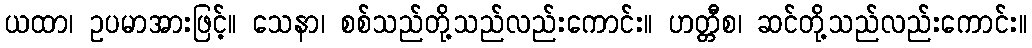
ယထာ၊ ဥပမာအားဖြင့်။ သေနာ၊ စစ်သည်တို့သည်လည်းကောင်း။ ဟတ္တီစ၊ ဆင်တို့သည်လည်းကောင်း။